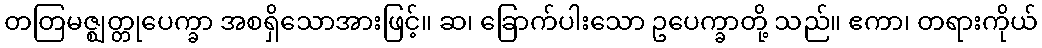
တတြမဇ္ဈတ္တုပေက္ခာ အစရှိသောအားဖြင့်။ ဆ၊ ခြောက်ပါးသော ဥပေက္ခာတို့ သည်။ ဧကာ၊ တရားကိုယ်